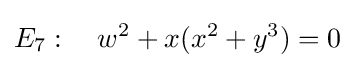
E_{7}:\quad w^{2}+x(x^{2}+y^{3})=0